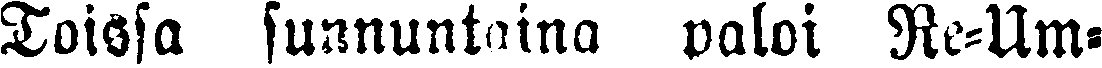
Toissa sunnuntaina valoi Re-Um-